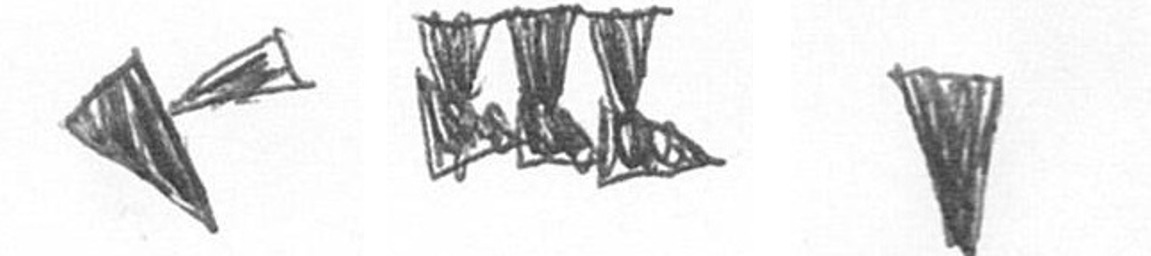
F D J